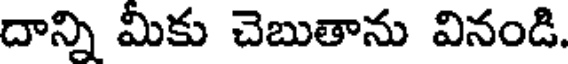
దాన్ని మీకు చెబుతాను వినండి